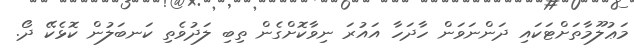
މަޢުލޫމާތަށްޓަކައި ދަންނަވަން ހާދަހާ އައުރަ ނިވާކޮށްގެން ތިބި ލަދުވެތި ކަނބަލުން ކޮޅެކޭ ދޯ.